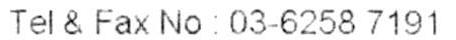
TEL & FAX NO: 03-6258 7191